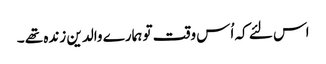
اس لئے کہ اُس وقت تو ہمارے والدین زندہ تھے ۔